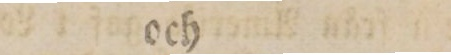
och